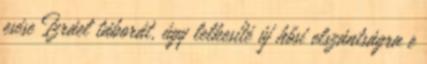
esése Izráel táborát, úgy lelkesíté új hősi elszántságra e